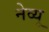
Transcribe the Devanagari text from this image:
नेव्यू